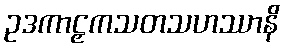
ဥဒကာဠှကသတသဟဿာနိ